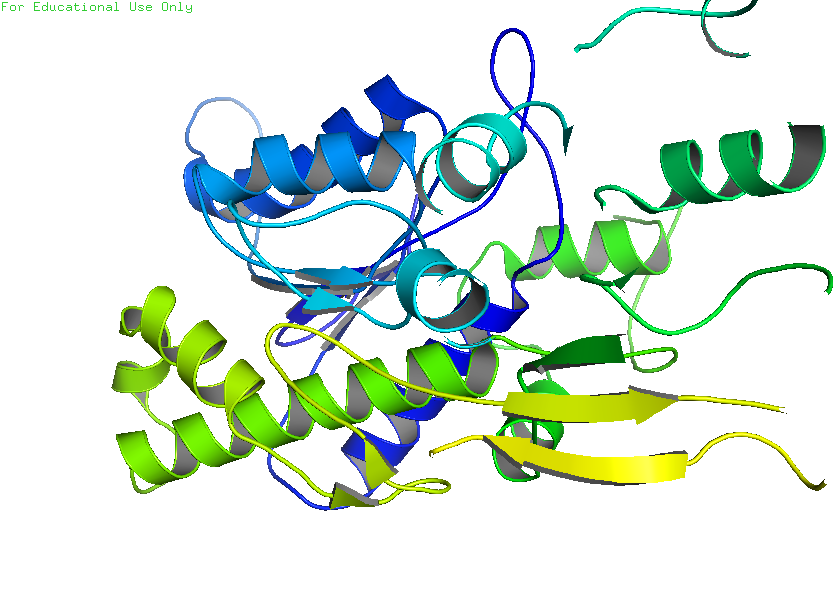
pymol, preset, publication